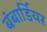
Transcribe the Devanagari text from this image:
बंबार्डियर